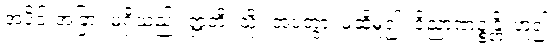
အပိုင်းအခြား မရှိသည်။ ဣတိ၊ သို့။ အဝတွာ၊ မဆိုမူ၍။ ဝိညာဏဉ္စန္တိ၊ ဟူ၍။